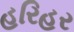
હરિહર